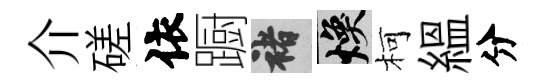
介磋依蹰褚焕柯緼分